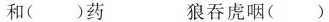
和（ ）药 狼吞虎咽（ ）